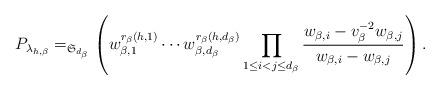
LaTeX: \begin{align*} P_{\lambda_{h,\beta}}=_{\mathfrak{S}_{d_{\beta}}} \left(w_{\beta,1}^{r_{\beta}(h,1)}\cdots w_{\beta,d_{\beta}}^{r_{\beta}(h,d_{\beta})} \prod_{1\leq i<j\leq d_{\beta}}\frac{w_{\beta,i}-v_{\beta}^{-2}w_{\beta,j}}{w_{\beta,i}-w_{\beta,j}}\right).\end{align*}